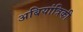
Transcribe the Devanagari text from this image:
अबियांत्रिकी